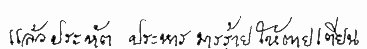
แล้วประหัตประหารมารร้ายให้ตายเตียน